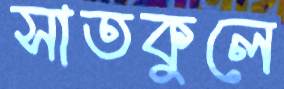
সাতকুলে